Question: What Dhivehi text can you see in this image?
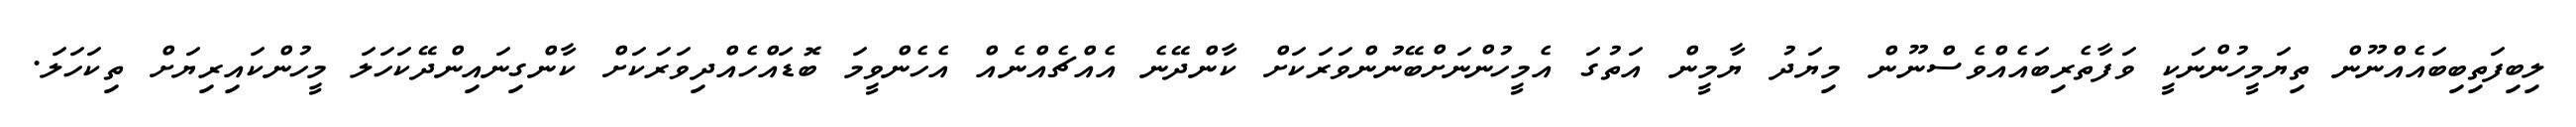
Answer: ލިބިފަތިބިބައެއްނޫން ތިޔަމީހުންނަކީ ވަފާތެރިބައެއްވެސްނޫން މިޔަދު ޔާމީން އަތުގަ އެމީހުންނަށްބޭނުންވަރަކަށް ކާންދޭނެ އެއްޗެއްނެއް އެހެންވީމަ ބޮޑައްހެއްދިވަރަކަށް ކާންގިނައިންދޭކަހަލަ މީހުންކައިރިޔަށް ތިކަހަލަ.